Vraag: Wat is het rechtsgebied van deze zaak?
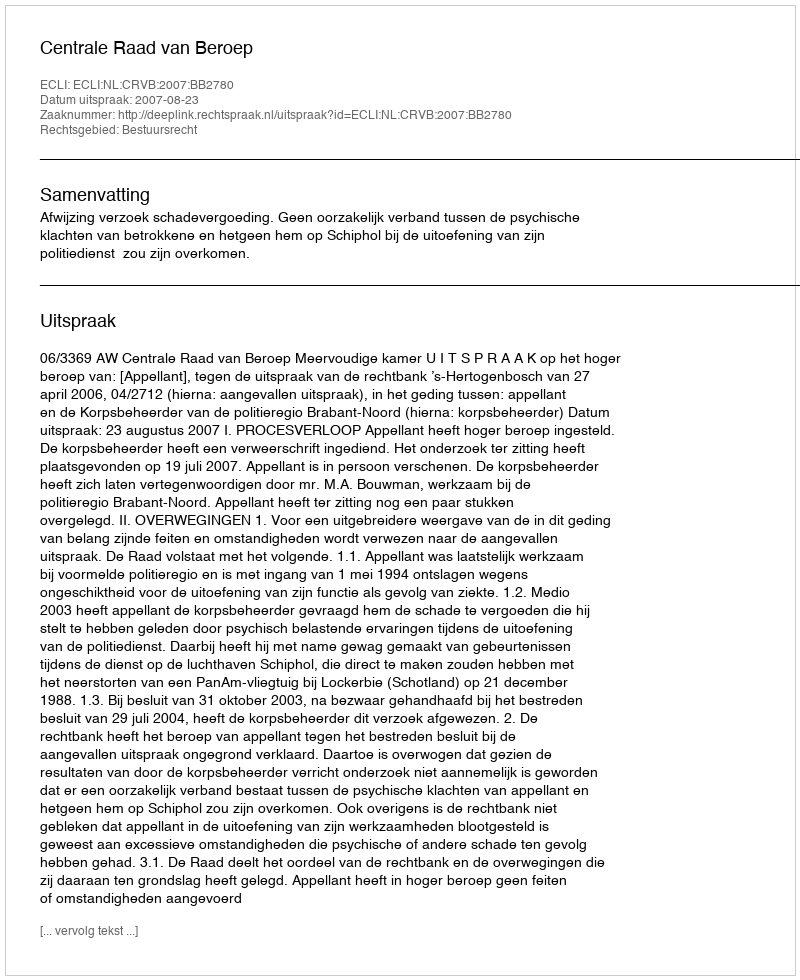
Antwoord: Bestuursrecht